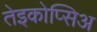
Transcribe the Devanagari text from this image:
तेइकोप्सिअ